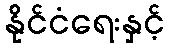
နိုင်ငံရေးနှင့်